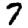
Digit: 7